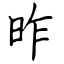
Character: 昨